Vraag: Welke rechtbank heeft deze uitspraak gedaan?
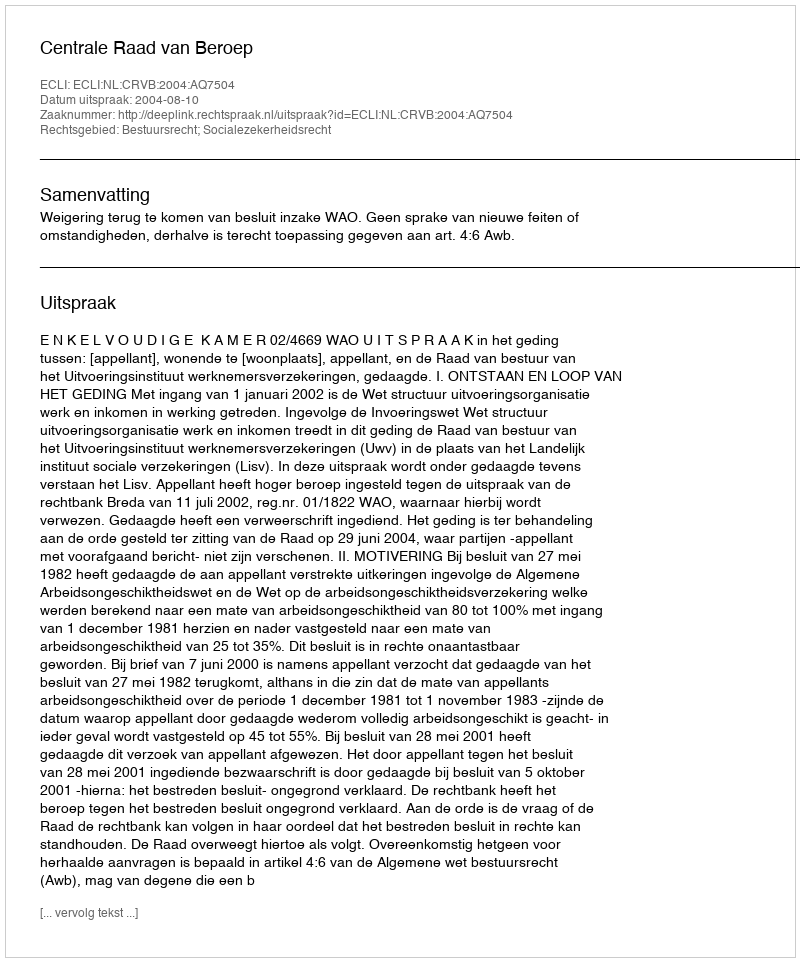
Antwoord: Centrale Raad van Beroep